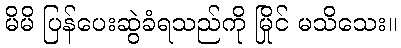
မိမိ ပြန်ပေးဆွဲခံရသည်ကို မြိုင် မသိသေး။